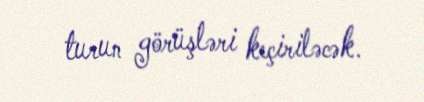
turun görüşləri keçiriləcək.